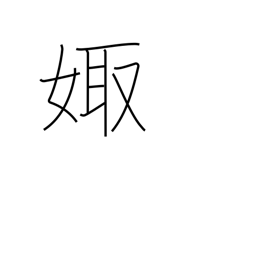
Meaning: marry